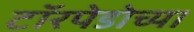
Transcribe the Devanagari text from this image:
टॉरपेडोच्या